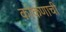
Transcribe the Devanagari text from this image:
कोंकणाची